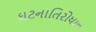
ઘટનાતિરોધાન